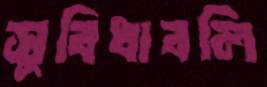
সুবিধাবলি